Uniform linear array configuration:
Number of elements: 12
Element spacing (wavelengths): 0.25
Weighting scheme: blackman
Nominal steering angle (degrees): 30
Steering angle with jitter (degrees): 31.282
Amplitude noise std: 0.05
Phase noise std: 0.05

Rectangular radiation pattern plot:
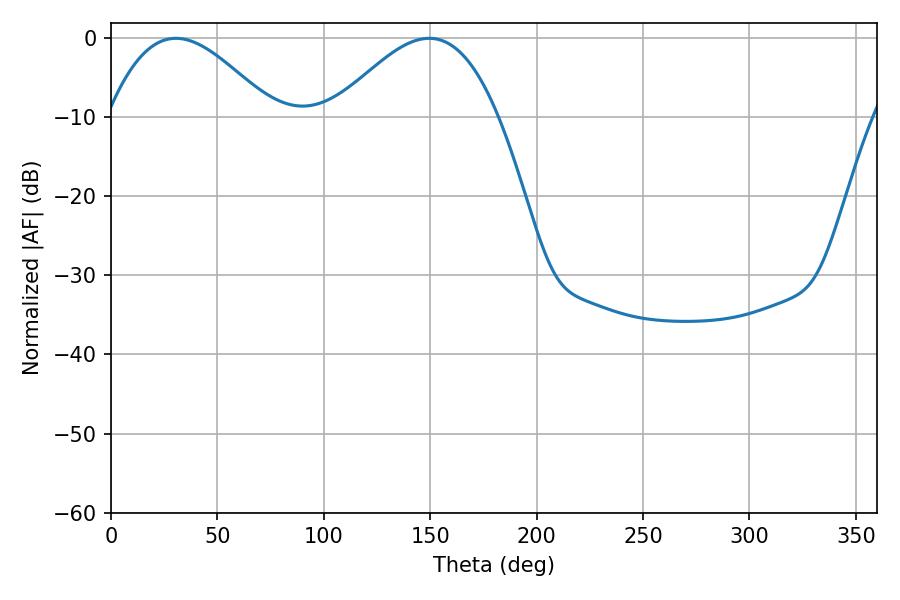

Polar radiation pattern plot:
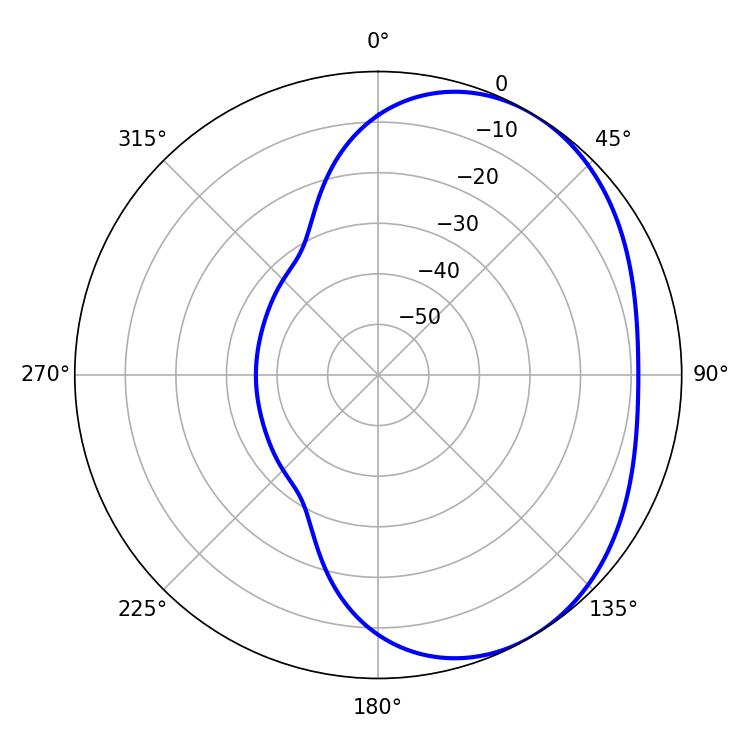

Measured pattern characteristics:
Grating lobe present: FALSE
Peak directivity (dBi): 3.41
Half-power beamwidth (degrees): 41.76
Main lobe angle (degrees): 30.42